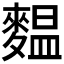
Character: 𪍝